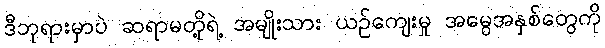
ဒီဘုရားမှာပဲ ဆရာမတို့ရဲ့ အမျိုးသား ယဉ်ကျေးမှု အမွေအနှစ်တွေကို